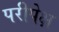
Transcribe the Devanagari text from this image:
परीपेक्ष